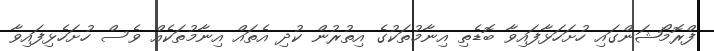
ފްރޮމޯޝަންގައި ހުށަހަޅާފައިވާ ބޮޑެތި އިނާމުތަކުގެ އިތުރުން ކުދި އެތައް އިނާމުތަކެއް ވެސް ހުށަހެޅިފައިވާ